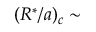
( R ^ { * } / a ) _ { c } \sim